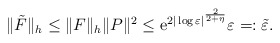
\begin{align*}\|\tilde{F}\|_{h}\leq \|F\|_{h} \|P\|^{2} \leq {\rm e}^{2|\log \varepsilon|^{\frac{2}{2+\eta}}} \varepsilon =:\tilde{\varepsilon}.\end{align*}